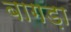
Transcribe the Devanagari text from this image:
बागड़ा